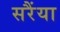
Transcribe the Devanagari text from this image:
सरैंया